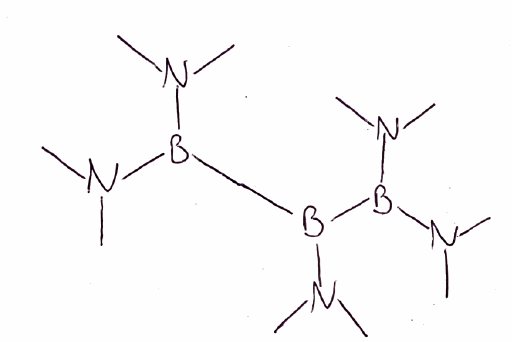
Simplified molecular-input line-entry system (SMILES) notation of the given molecule:
B(B(N(C)C)N(C)C)(B(N(C)C)N(C)C)N(C)C